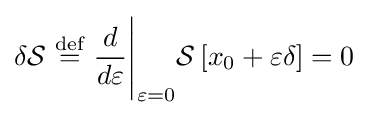
\delta {\cal {S}}\ {\stackrel {\text{def}}{=}}\ {\frac {d}{d\varepsilon }}{\Biggl |}_{\varepsilon =0}{\cal {S}}\left[x_{0}+\varepsilon \delta \right]=0